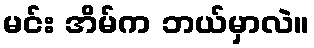
မင်း အိမ်က ဘယ်မှာလဲ။